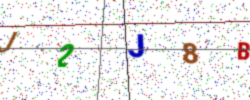
Text: J2J8B